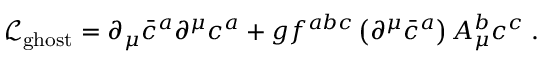
{ \mathcal { L } } _ { \mathrm { g h o s t } } = \partial _ { \mu } { \bar { c } } ^ { a } \partial ^ { \mu } c ^ { a } + g f ^ { a b c } \left( \partial ^ { \mu } { \bar { c } } ^ { a } \right) A _ { \mu } ^ { b } c ^ { c } \; .